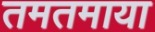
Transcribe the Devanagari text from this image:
तमतमाया